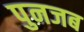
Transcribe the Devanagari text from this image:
पुनजब